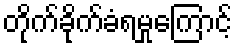
တိုက်ခိုက်ခံရမှုကြောင့်